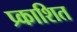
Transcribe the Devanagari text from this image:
प्र्काशित